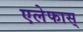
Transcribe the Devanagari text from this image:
एलेफास्